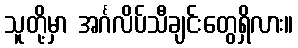
သူတို့မှာ အင်္ဂလိပ်သီချင်းတွေရှိလား။